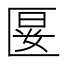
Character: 𭅝